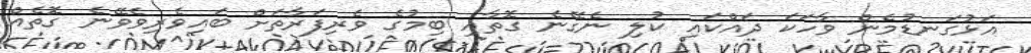
އަޅުގަނޑުމެން ވާހަކަ ދައްކައި ކުލި ނެގޭނެ ގޮތާއި ބިމުގެ ވެރިފަރާތަށް ބައިވެރިވެވޭނެ ގޮތެއް